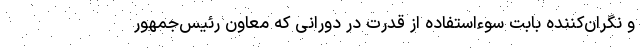
و نگران‌کننده بابت سوءاستفاده از قدرت در دورانی که معاون رئیس‌جمهور